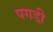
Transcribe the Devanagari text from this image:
पगडी़